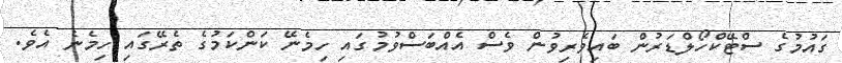
ގައުމުގެ ސްޓޭކްހޯލްޑަރުން ބައިވެރިވުން ވެސް އެއްބަސްވުމުގައި ހިމެނޭ ކަންކަމުގެ ތެރޭގައި ހިމެނެ އެވެ.